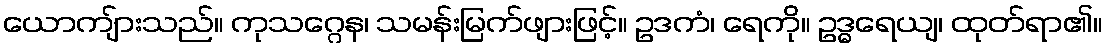
ယောကျ်ားသည်။ ကုသဂ္ဂေန၊ သမန်းမြက်ဖျားဖြင့်။ ဥဒကံ၊ ရေကို။ ဥဒ္ဓရေယျ၊ ထုတ်ရာ၏။